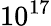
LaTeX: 10^{17}